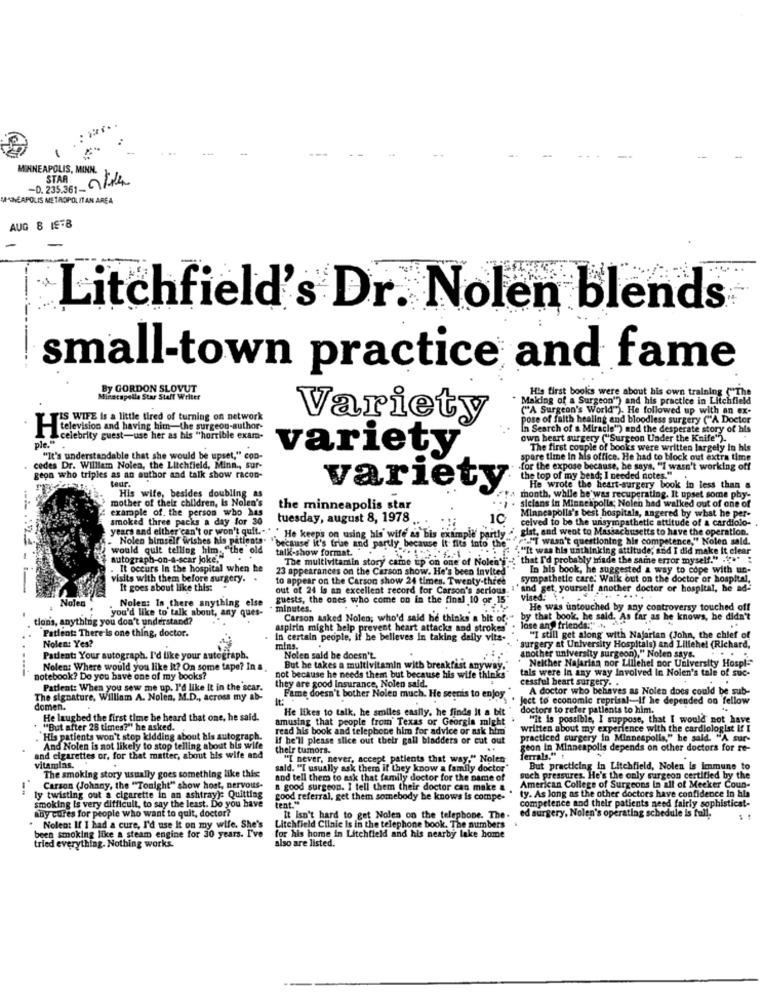
MINNEAPOLIS, MINN.
-0.235.361- 2/4
STAR
MANNEAPOLIS METROPOLITAN AREA
AUG 8 19-8
Litchfield's Dr. Nolen blends
small-town practice and fame
By GORDON SLOVUT
His first books were about his own traini
Minscapella Star Staff Writer
Making of a Surgeon'? and his practice in Litchfield
("A Surgeon's World"). He followed up with an ex-
IS WIFE Is a little tired of turning on network
Variety
pose of faith healing and bloodless surgery ("A Doctor
television and having him-the surgeon-author-
In Search of a Miracle") and the desperate story of his
celebrity guest-use her as his "horrible exam-
own heart surgery ("Surgeon Under the Knife").
ple."
variety
The first couple of books were written largely in his
"It's understandable that she would be upset,"con-
spare time in his office. He had to block out extra time
cedes Dr. William Nolen, the Litchfield, Minn ., sur-
.for the expose because, he says, "I wasn't working off
geon who triples as an author and talk show racon-
teur.
the top of my bead; I needed notes."
variety
He wrote the heart-surgery book in less than a
mother of their children, Is Nolen's
His wife, besides doubling as
month, while he was recuperating. It upset some phy-
example of. the person who has
the minneapolis star
sielans in Minneapolis; Nolen had walked out of one of
Minneapolis's best hospitals, angered by what he per-
smoked three packs a day for 30
tuesday, august 8, 1978 .
10
celved to be the unsympathetic attitude of a cardiolo-
years and elther can't or won't quit."" " He keeps on using hls' wife as bis example' partly >,gist, and weot to Massachusetts to have the operation.
. Nolen himself wishes his patients.
"-"T wasn't questioning his competence," Nolen sald.
would quit telling him. "the old
"because it's true and partly because it fits into the
talk-show format."
"""It was his unthinking attitude, and I did make It clear
autograph-on-a-scar joke,"
The multivitamin story came up on one of Nolen'y
The multivitamin story came up on one of Nolenti":"that I'd probably made the same error myself." ... "
It occurs In the hospital when he
23 appearances on the Carson show. He's been invited
In his book, he suggested a way to cope with un-
visits with them before surgery.
to appear on the Carson show 24 times. Twenty-three
sympathetic care: Walk out on the doctor or hospital,
It goes about like this:
out of 24 is an excellent record for Carson's serious.
I' and get yourself another doctor or hospital, he ad-
Noles
guests, the ones who come on in the final 10 or 15"
vised:
you'd like to talk about, any ques-
Noles: Is there anything else
minutes.
He was untouched by any controversy touched off
tion's, anything you don't understand?
Carson asked Nolen; who'd said he thinks a bit of:"
by that book, he said. As far as he knows,
Patient: There is one thing, doctor.
aspirin might help prevent heart attacks and strokes
lose and friends:" ...
Nolen: Yes?
In certain people, it he believes in taking daily vita-
"I still get along with Najarian (John, the chief of
mins.
surgery at University Hospitals) and Lillehe! (Richard,
another university surgeon)," Nolen says.
Patient: Your autograph. I'd like your autograph.
Nolen sald be doesn't
Neither Najarian nor Lillehel por University Hospls
Nolen: Where would you like it? On some tape? In a.
But he takes a multivitamin with breakfast anyway.
tals were In any way Involved In Noien's tale of suc-
notebook? Do you have one of my books?
not because he needs them but because his wife thin
they are good Insurance, Nolen said.
cessful heart surgery. .
Patient: When you sew me up. I'd like It in the scar.
A doctor who behaves as Nolen does could be sub-
The signature, William A. Nolen, M.D ., across my ab-
Fame doesn't bother Nolen much. He seenis to enjoy
. Ject to economic reprisal-If he depended on fellow
domen.
He likes to talk, he smiles easily. he finds it a bit
doctors to refer patients to him.
He laughed the first time he heard that one, he said.
amusing that people from Texas or Georgia might
"It is possible, I suppose, that I would not have
""But after 28 times?" he asked.
read his book and telephone him for advice or ask him
written about my experience with the cardiologist If I
His patients won't stop kidding about his autograph.
If he'll please slice out their gall bladders or cut out
practiced surgery in Minneapolis," he said. "A sur-
And Nolen is not likely to stop telling about his wife
wife
their tumors.
geon in Minneapolis depends on other doctors for re-
and cigarettes or, for that matter, about his wife and
"I never, never, accept patients that way." Nolen
ferrals."
vitamins.
sald. "I usually ask them if they know a family doctor"
But practicing in Litchfield, Nolen is immune to
The smoking story usually goes something like this:
and tell them to ask that family doctor for the name of
ruch pressures. He's the only surgeon certified by the
--
Carson (Johnny, the "Tonight" show host, nervous-
a good surgeon. I tell them their doctor can make a
College of Surgeons in all of Mecker Coun-
ly twisting out a cigarette in an ashtrayje Quitting
good referral, get them somebody he knows is compe-
tent."
ty. As long as the other doctors have confidence In his
smoking is very difficult, to say the least. Do you have
any cures for people who want to quit, doctor?
competence and their patients need fairly sophisticat-
It isn't hard to get Nolen on the telephone. The.
d surgery, Nolen's operating schedule is full.
been smoking like a steam engine for 30 years. I've
Nolen: If I had a cure, I'd use It on my wife. She's
Litchfield Clinic Is in the telephone book. The numbers
for his home in Litchfield and his nearby lake home
tried everything. Nothing works.
also are listed.